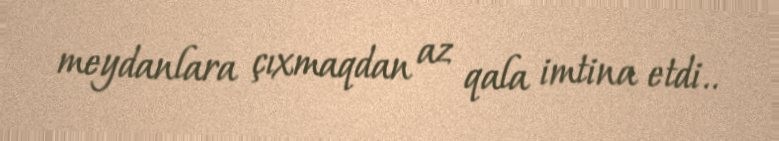
meydanlara çıxmaqdan az qala imtina etdi..